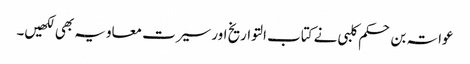
عواتہ بن حکم کلبی نے کتاب التواریخ اور سیرت معاویہ بھی لکھیں۔